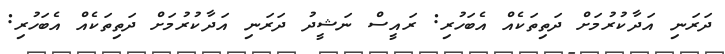
ދަރަނި އަދާކުރުމަށް ދަތިތަކެއް އެބަހުރި: ރައީސް ނަޝީދު ދަރަނި އަދާކުރުމަށް ދަތިތަކެއް އެބަހުރި: